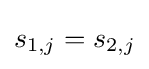
s_{1,j}=s_{2,j}